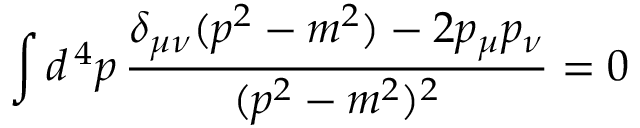
\int d ^ { \, 4 } p \, { \frac { \delta _ { \mu \nu } ( p ^ { 2 } - m ^ { 2 } ) - 2 p _ { \mu } p _ { \nu } } { ( p ^ { 2 } - m ^ { 2 } ) ^ { 2 } } } = 0